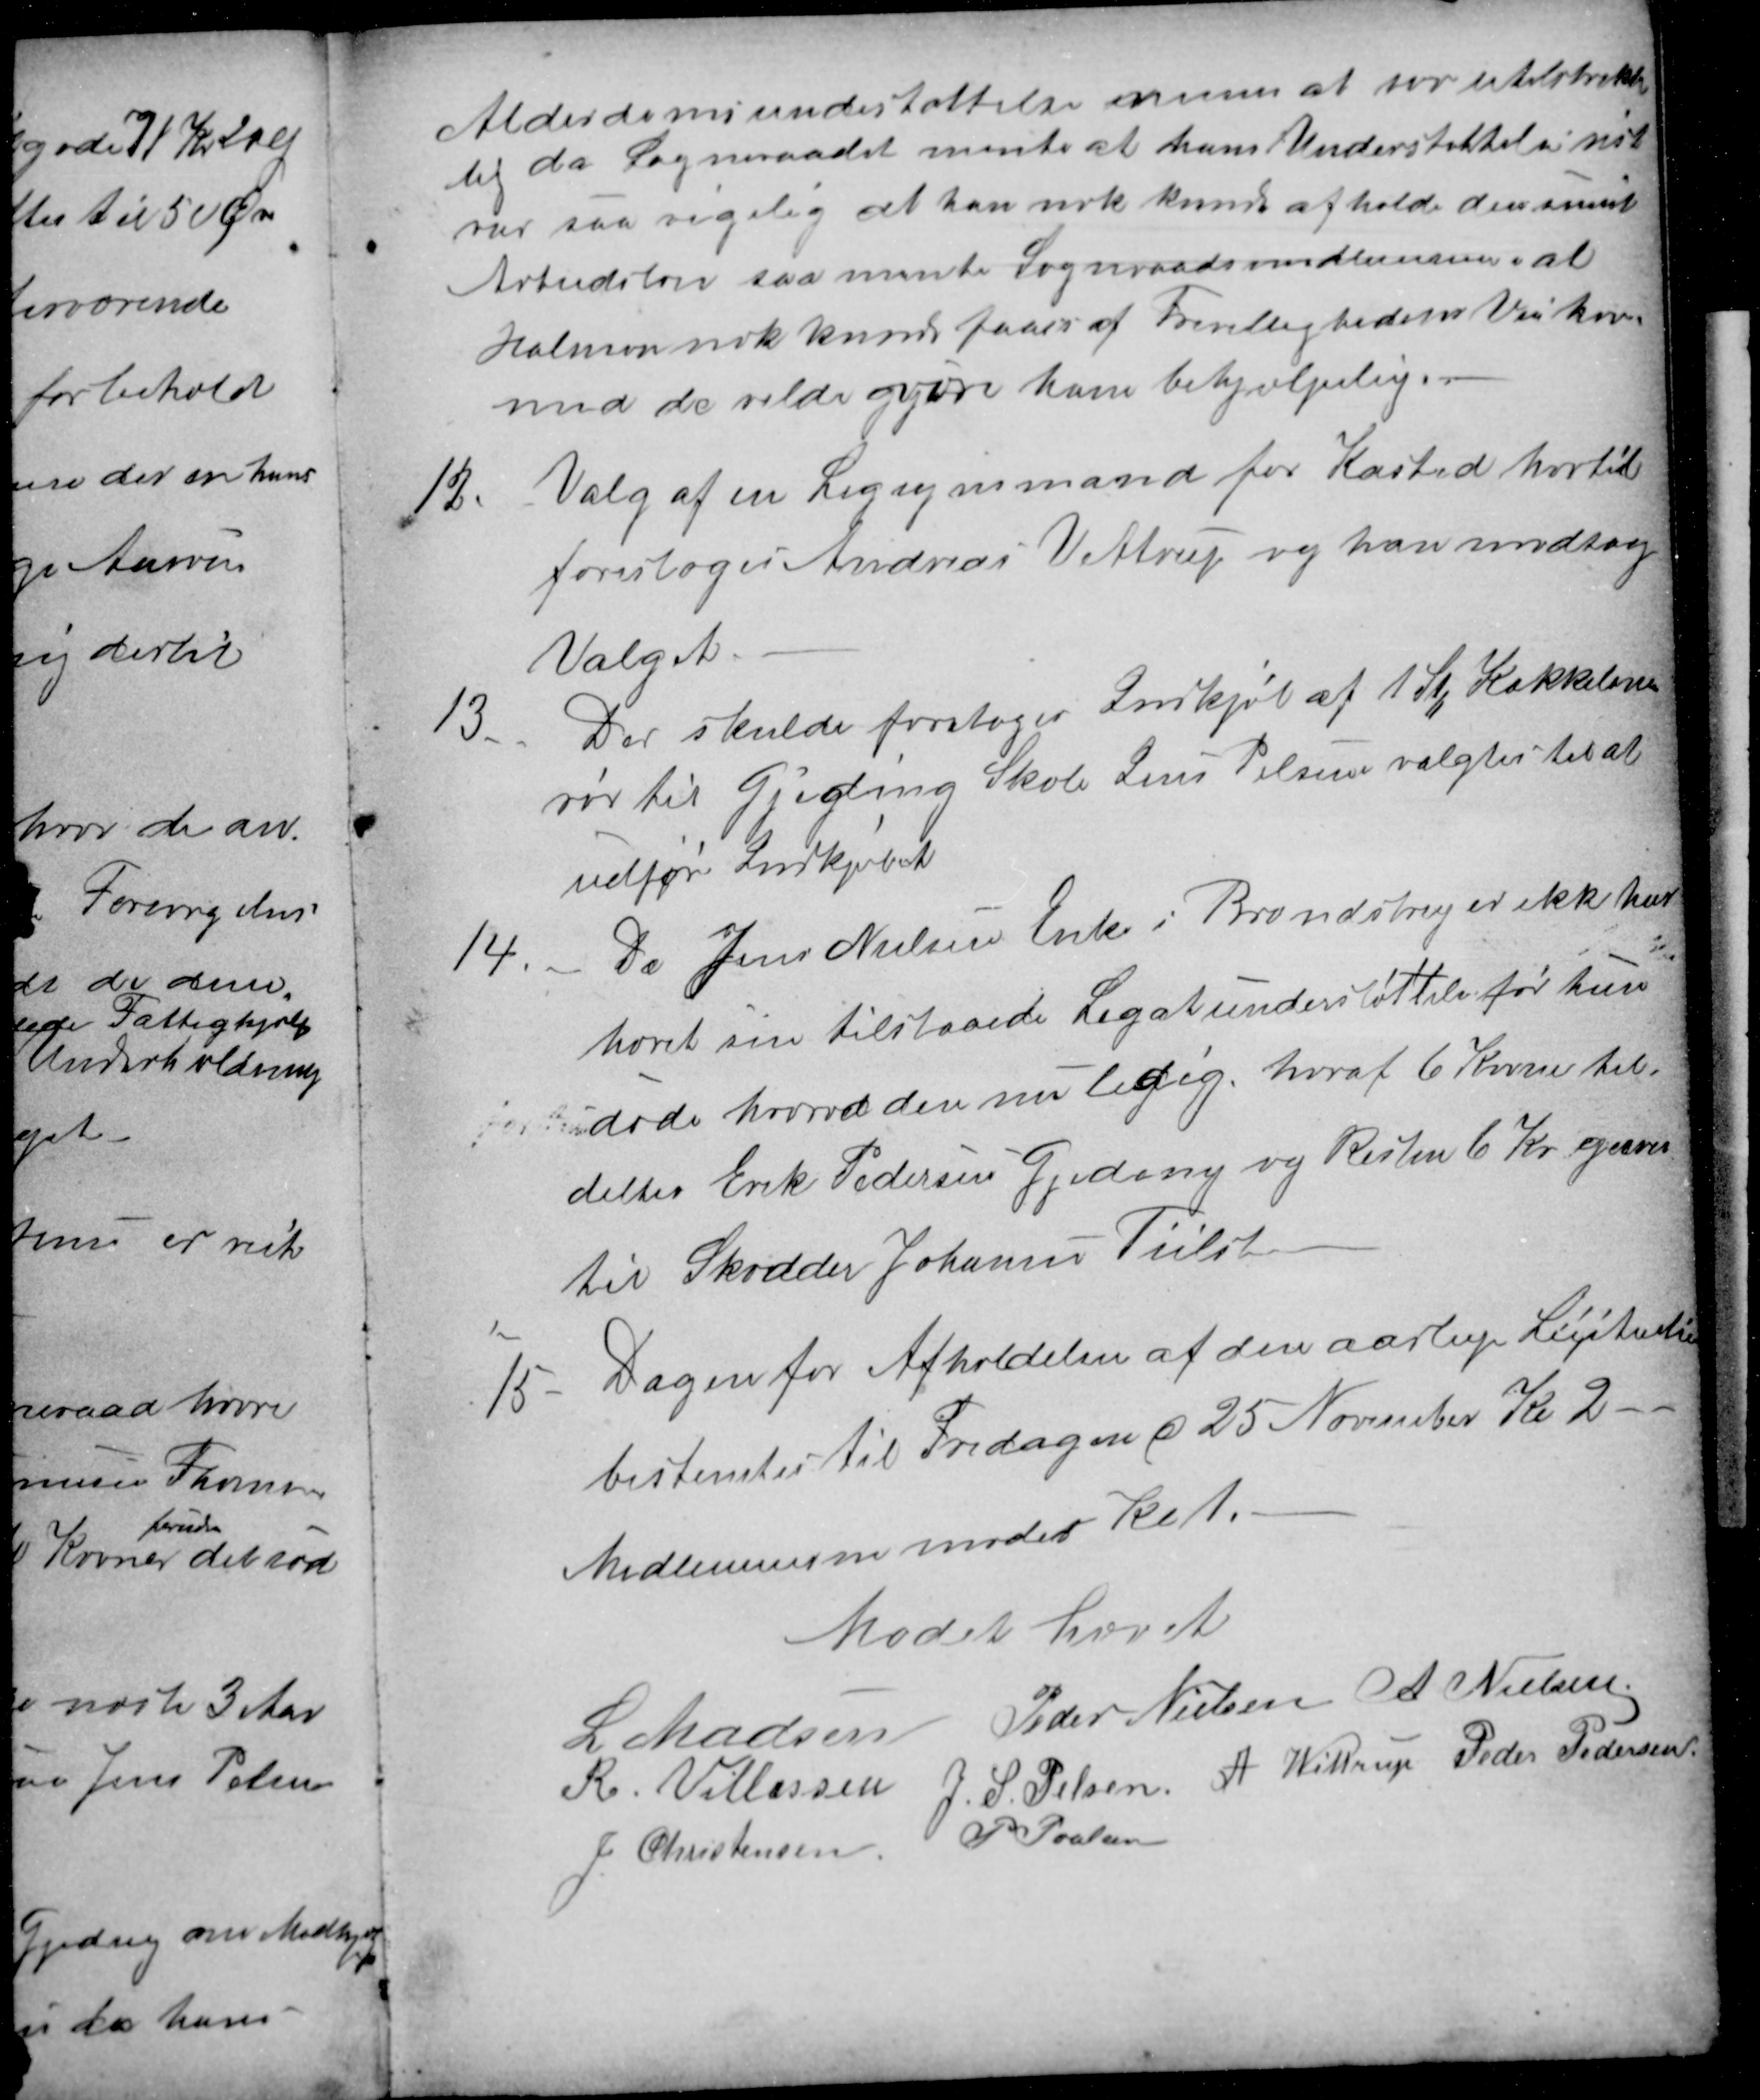
Transskription:
Alderdomsundestøttelse menes at være utilstrække
lig da Sogneraadet mente at hans Understøttelse nu vist
var saa rigelig at han nok kunde afholde den anseet
Arbeidsløn saa mente Sogneraadsmedlemmerne at
Halmen nok kunde faaes af Frivillighedens Vei hvor-
med de vilde gjvære ham behjælpelig.
12.
Valg af en Ligsynsmand for Kasted hvortil
foresloges Andreas Vittrup og han modtog
Valget.
13.
Der skulde foretages Indkjøb af 1 Stk Kakkelovns-
rør til Gjeding Skole Jens Pelsen valgtes til at
udføre Indkjøbet
14.
Da Jens Nielsen Enke i Brendstrup er ikke har
hævet sin tilstaaede Legatunderstøttelse før hun
døde hvorved den nu ledig. heraf 6 Kroner til-
deltes Erik Pedersen Gjeding og Resten 6 Kr gaves
til Skodder Johannes Tiilst
15
Dagen for Afholdelsen af den aarlige Licitation
bestemtes til Fredagen d 25 November Kl 2
Medlemmerne møder Kl 1.
Mødet hævet
L Madsen
Peder Nielsen
A. Nielsen
R. Villassen
J. S. Pelsen
A Wittrup
Peder Pedersen
J. Christensen
P Poulsen